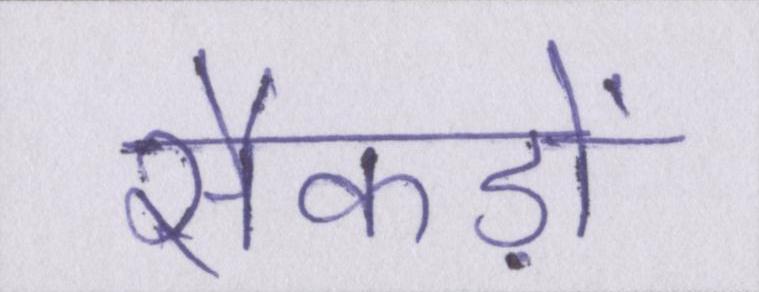
सैकड़ों